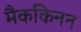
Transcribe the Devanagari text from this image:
मैककिनन